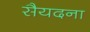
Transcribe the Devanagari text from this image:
सैयदना